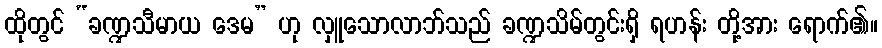
ထိုတွင် “ခဏ္ဍသီမာယ ဒေမ” ဟု လှူသောလာဘ်သည် ခဏ္ဍသိမ်တွင်းရှိ ရဟန်း တို့အား ရောက်၏။